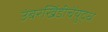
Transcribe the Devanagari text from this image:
उंबरखिंडीचेंयुद्ध